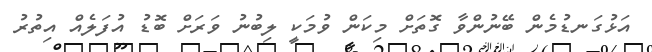
އަޅުގަނޑުމެން ބޭނުންވާ ގޮތަށް މިކަން ވުމަކީ ލިބުނު ވަރަށް ބޮޑު އުފަލެއް އިތުރު